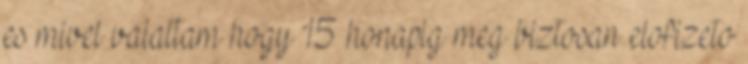
es mivel valaltam hogy 15 honapig meg biztosan elofizeto